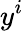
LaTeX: y^{i}